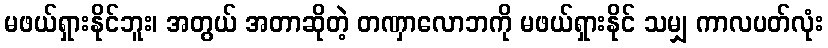
မဖယ်ရှားနိုင်ဘူး၊ အတွယ် အတာဆိုတဲ့ တဏှာလောဘကို မဖယ်ရှားနိုင် သမျှ ကာလပတ်လုံး